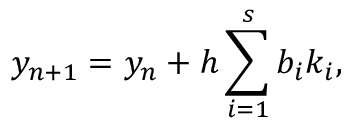
y _ { n + 1 } = y _ { n } + h \sum _ { i = 1 } ^ { s } b _ { i } k _ { i } ,